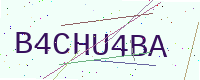
Text: B4CHU4BA